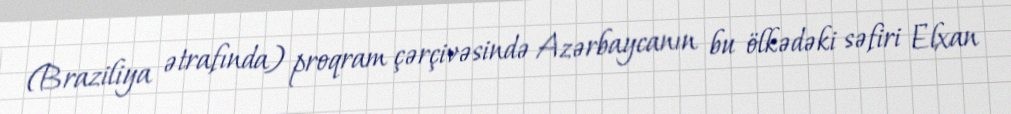
(Braziliya ətrafında) proqram çərçivəsində Azərbaycanın bu ölkədəki səfiri Elxan